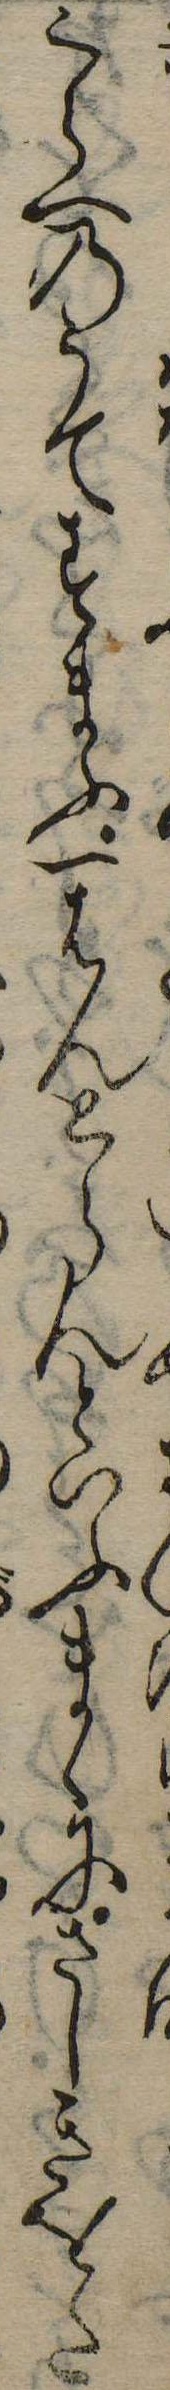
くらへのうてすまふ一はんとらんといふまゝにさしきをた